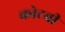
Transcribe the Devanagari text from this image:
कोटवी